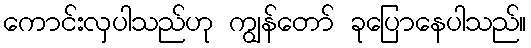
ကောင်းလှပါသည်ဟု ကျွန်တော် ခုပြောနေပါသည်။